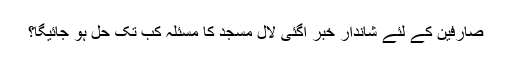
صارفین کے لئے شاندار خبر آگئی لال مسجد کا مسئلہ کب تک حل ہو جائیگا؟